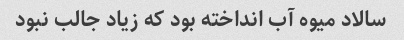
سالاد میوه آب انداخته بود که زیاد جالب نبود